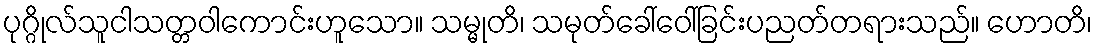
ပုဂ္ဂိုလ်သူငါသတ္တဝါကောင်းဟူသော။ သမ္မုတိ၊ သမုတ်ခေါ်ဝေါ်ခြင်းပညတ်တရားသည်။ ဟောတိ၊